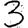
Digit: 3